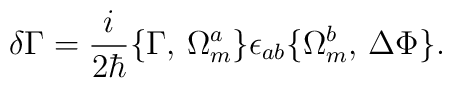
\delta \Gamma =  \frac{i}{2\hbar}\bigl\{\Gamma,\,\Omega_m^a\bigr\}\epsilon_{ab} \bigl\{\Omega_m^b,\,\Delta\Phi\bigr\}.